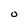
Character: O